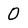
Character: O